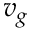
v _ { g }